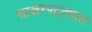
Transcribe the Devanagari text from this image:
साखरपट्ट्यात